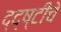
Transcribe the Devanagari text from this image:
द्द्ष्टीचे